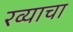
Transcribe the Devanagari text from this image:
रव्याचा